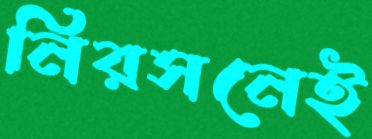
নিরসনেই